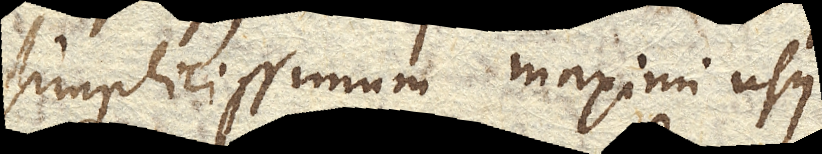
simplicissimum maximi usus.